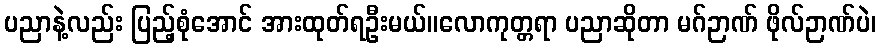
ပညာနဲ့လည်း ပြည့်စုံအောင် အားထုတ်ရဦးမယ်။လောကုတ္တရာ ပညာဆိုတာ မဂ်ဉာဏ် ဖိုလ်ဉာဏ်ပဲ၊